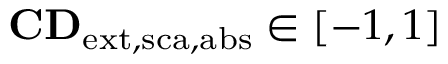
\mathbf { C D } _ { \mathrm { { e x t , s c a , a b s } } } \in [ - 1 , 1 ]